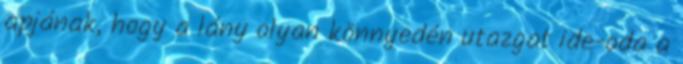
apjának, hogy a lány olyan könnyedén utazgat ide-oda a